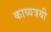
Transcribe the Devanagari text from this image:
काव्यत्रयी